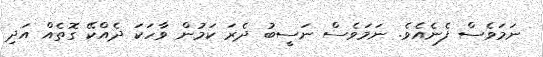
ނަމަވެސް ފެނެއެވެ. ނަމަވެސް ނަސީބު ދެރަ ކަމުން ވާހަކަ ދެއްކޭ ގޮތެއް އަދި